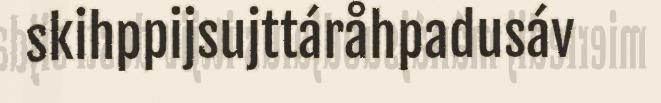
skihppijsujttáråhpadusáv